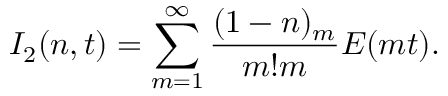
I _ { 2 } ( n , t ) = \sum _ { m = 1 } ^ { \infty } { \frac { ( 1 - n ) _ { m } } { m ! m } } { \cal E } ( m t ) .